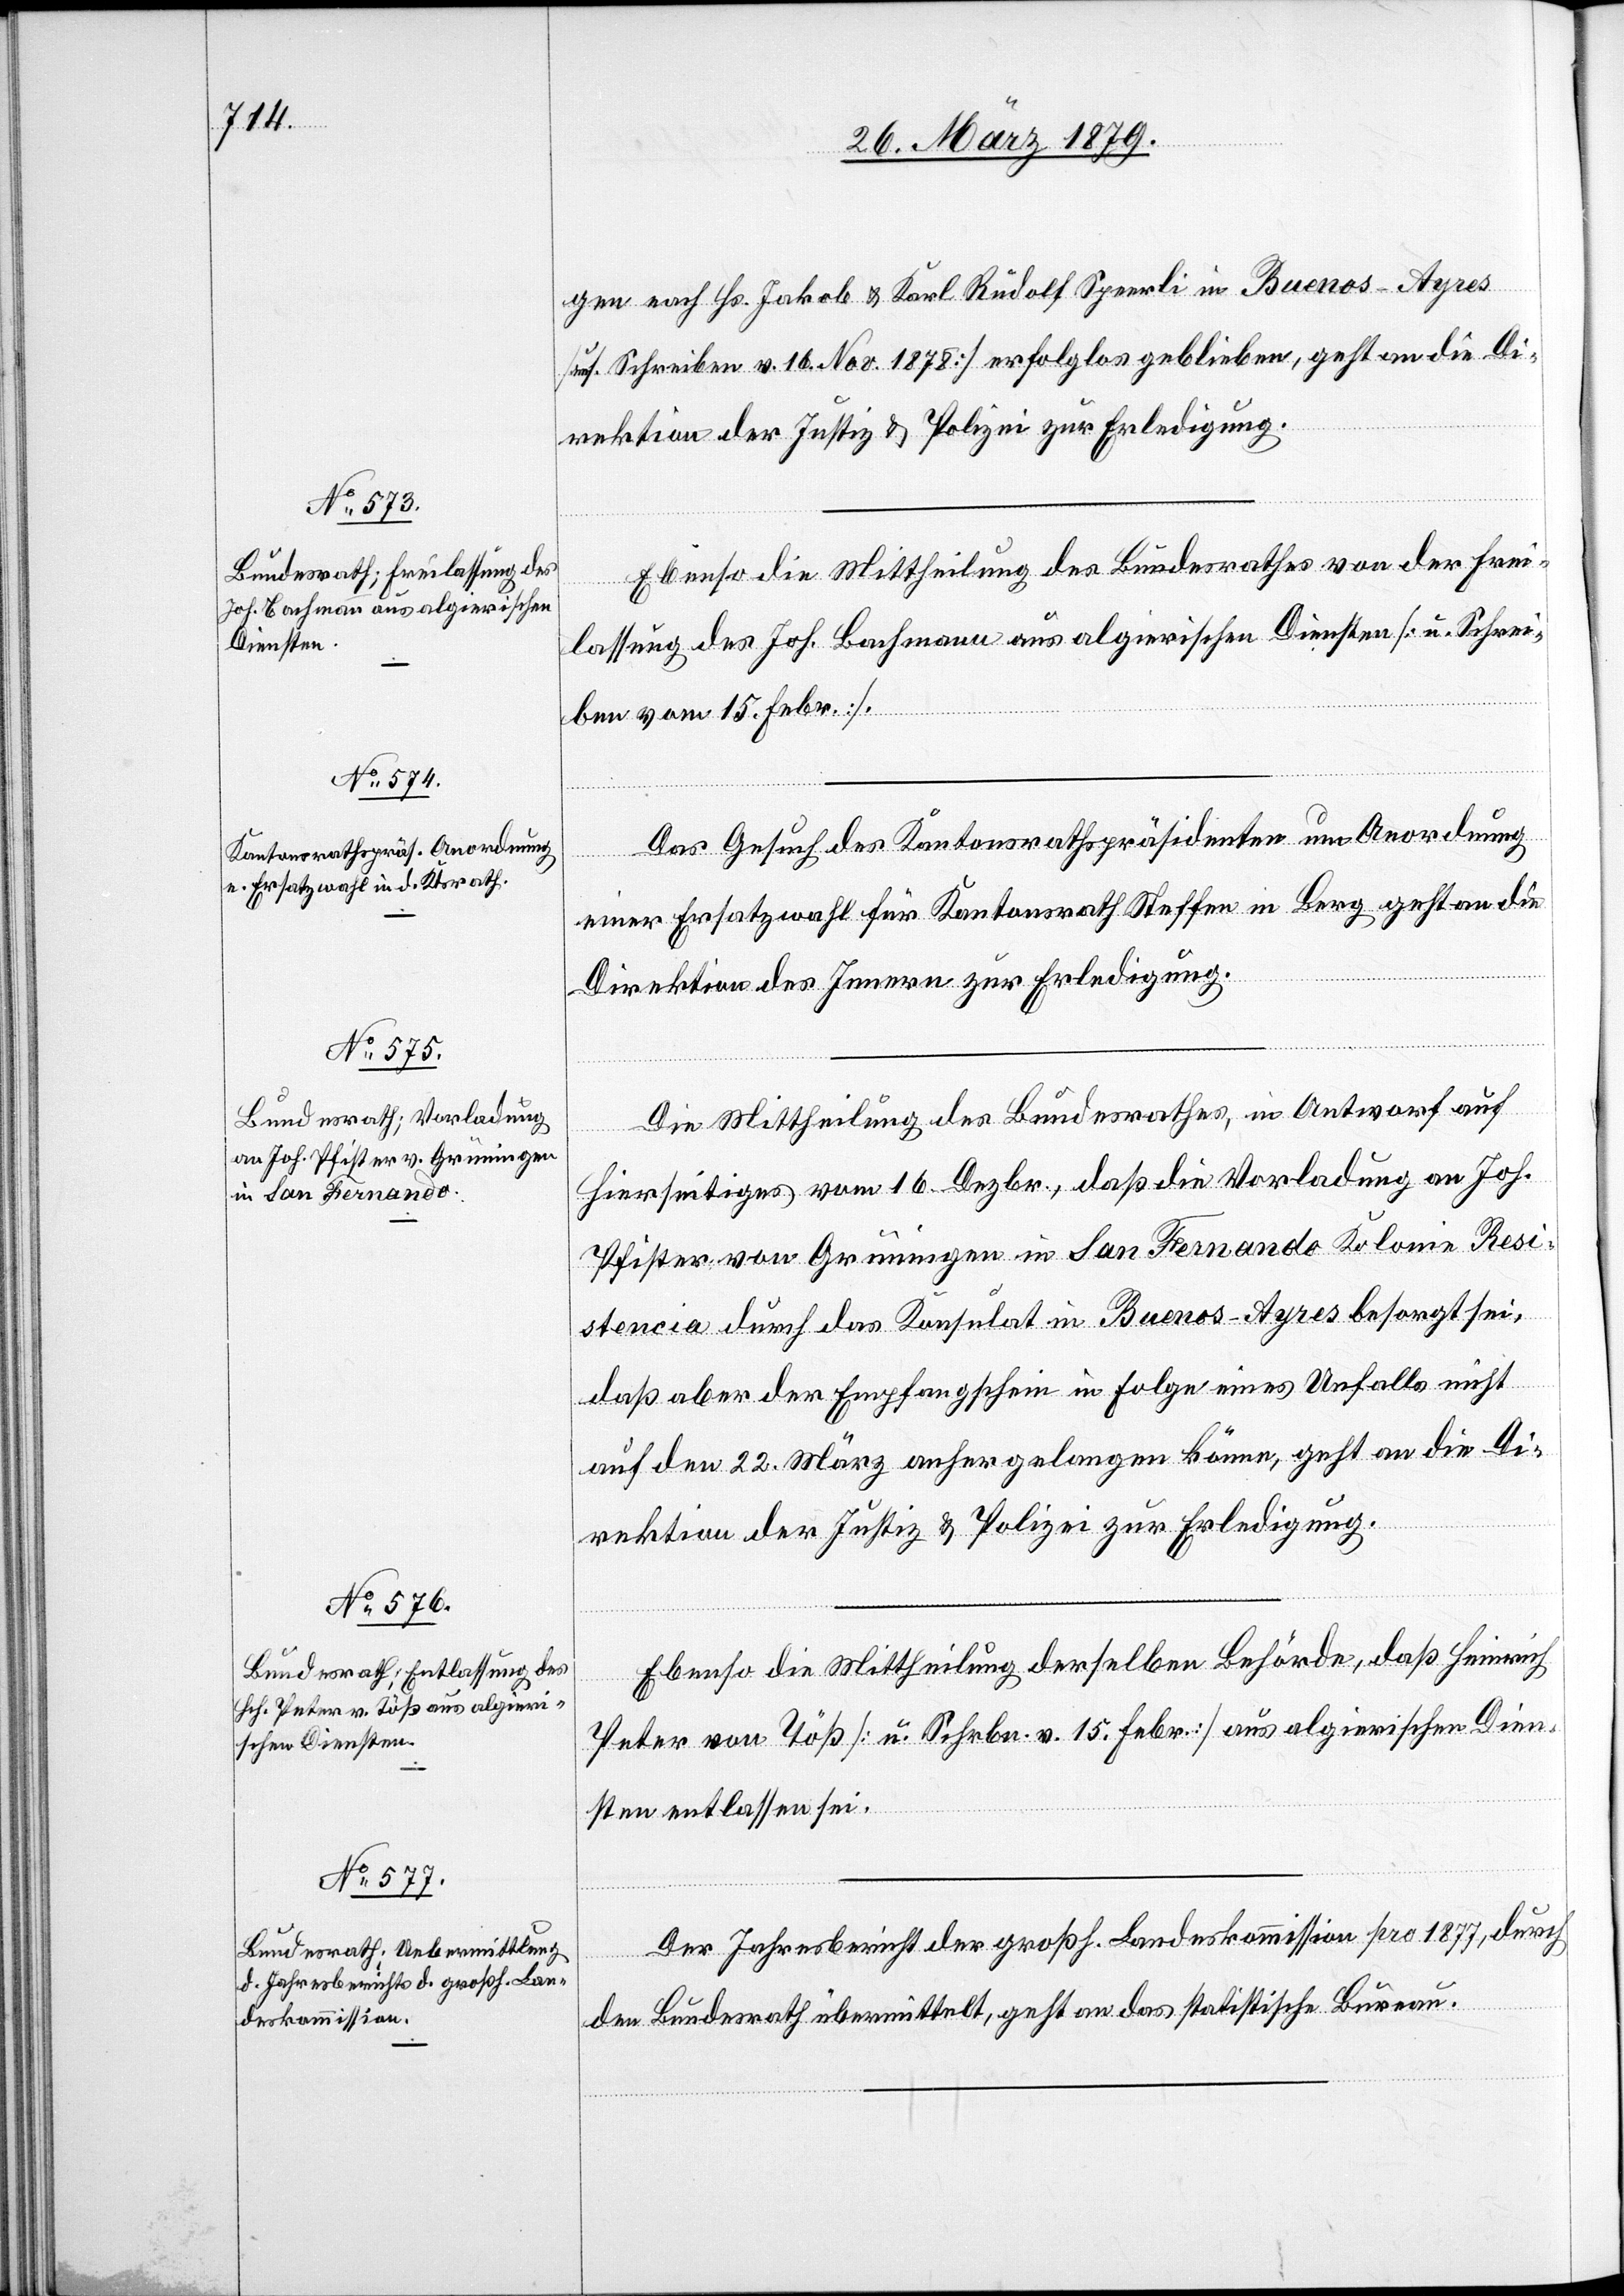
26. März 1879.]
gen nach Hs. Jakob & Karl Rudolf Speerli in Buenos Ayres
[uns. Schreiben v. 16. Nov. 1878] erfolglos geblieben, geht an die Di¬
rektion der Justiz & Polizei zur Erledigung.
Ebenso die Mittheilung des Bundesrathes von der Frei¬
lassung des Joh. Bachmann aus algierischen Diensten [u. Schrei¬
ben vom 15. Febr.].
Das Gesuch des Kantonsrathspräsidenten um Anordnung
einer Ersatzwahl für Kantonsrath Steffen in Berg geht an die
Direktion des Innern zur Erledigung.
Die Mittheilung des Bundesrathes, in Antwort auf
Hierseitiges vom 16. Dezbr., daß die Vorladung an Joh.
Pfister von Grüningen in San Fernando Kolonie Resi¬
stencia durch das Konsulat Buenos-Ayres besorgt sei,
daß aber der Empfangschein in Folge eines Unfalls nicht
auf den 22. März anher gelangen könne, geht an die Di¬
rektion der Justiz & Polizei zur Erledigung.
Ebenso die Mittheilung derselben Behörde, daß Heinrich
Peter von Töß [u. Schreiben v. 15. Febr.] aus algierischen Dien¬
sten entlassen sei.
Der Jahresbericht der großh. Landeskommission pro 1877, durch
den Bundesrath übermittelt, geht an das statistische Bureau.